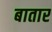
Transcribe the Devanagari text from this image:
बातार